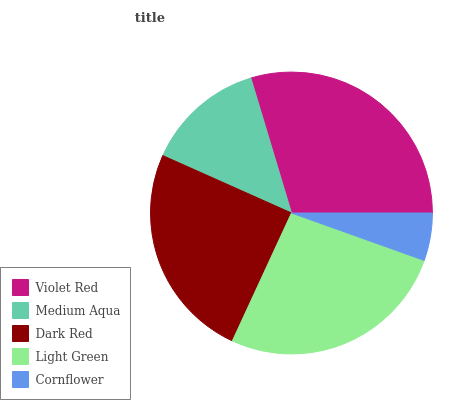
| Violet Red | Medium Aqua | Dark Red | Light Green | Cornflower |
 | --- | --- | --- | --- | --- |
 | 29.6% | 13.7% | 24.8% | 26.4% | 5.46% |